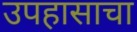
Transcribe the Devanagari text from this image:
उपहासाचा